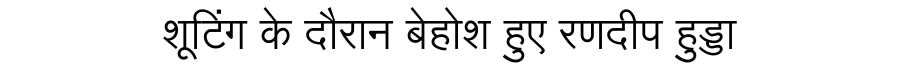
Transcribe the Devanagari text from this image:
शूटिंग के दौरान बेहोश हुए रणदीप हुड्डा